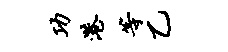
功港等乙